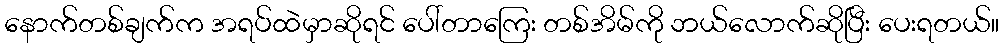
နောက်တစ်ချက်က အရပ်ထဲမှာဆိုရင် ပေါ်တာကြေး တစ်အိမ်ကို ဘယ်လောက်ဆိုပြီး ပေးရတယ်။